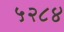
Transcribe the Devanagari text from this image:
५२८४